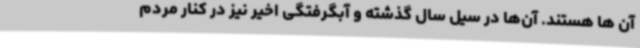
آن ها هستند. آن‌ها در سیل سال گذشته و آبگرفتگی اخیر نیز در کنار مردم